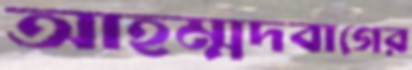
আহম্মদবাগের